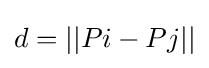
d=||Pi-Pj||